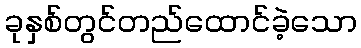
ခုနှစ်တွင်တည်ထောင်ခဲ့သော